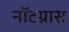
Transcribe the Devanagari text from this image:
नॉटग्रास